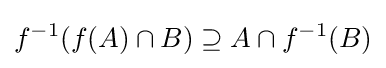
f^{-1}(f(A)\cap B)\supseteq A\cap f^{-1}(B)